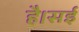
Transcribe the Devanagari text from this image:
है।सई